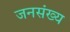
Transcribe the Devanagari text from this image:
जनसंख्य